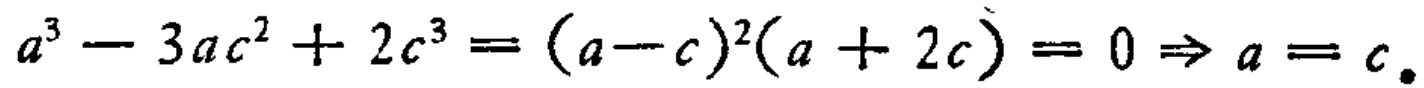
\(a^{3}-3ac^{2}+2c^{3}=(a - c)^{2}(a + 2c)=0\Rightarrow a = c\)